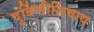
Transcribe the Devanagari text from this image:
दुर्बिणीशिवाय